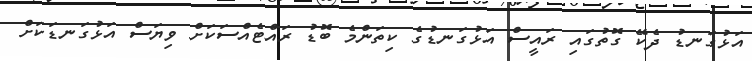
އަޅުގަނޑު ދެކޭ ގޮތުގައި ރައީސް އަޅުގަނޑުގެ ކިތަންމެ ބޮޑު ރައްޓެއްސަކަށް ވިޔަސް އަޅުގަނޑަކަށް